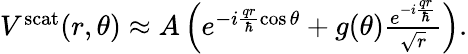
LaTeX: \begin{array}{r}{V^{\mathrm{scat}}(r,\theta)\approx A\left(e^{-i\frac{qr}{\hbar}\cos{\theta}}+g(\theta)\frac{e^{-i\frac{qr}{\hbar}}}{\sqrt{r}}\right).}\end{array}